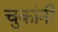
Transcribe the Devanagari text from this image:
चुकांनी